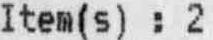
ITEM(S) : 2